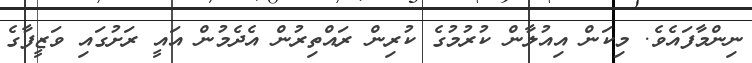
ނިންމާފައެވެ. މިކަން އިއުލާން ކުރުމުގެ ކުރިން ރައްތިރުން އެދެމުން އައީ ރަށުގައި ވަޒީފާގެ